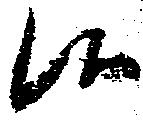
候